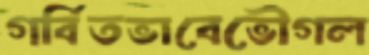
গর্বিতভাবেভৌগল